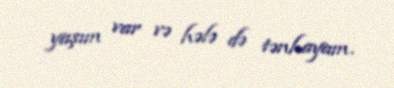
yaşım var və hələ də tənhayam.